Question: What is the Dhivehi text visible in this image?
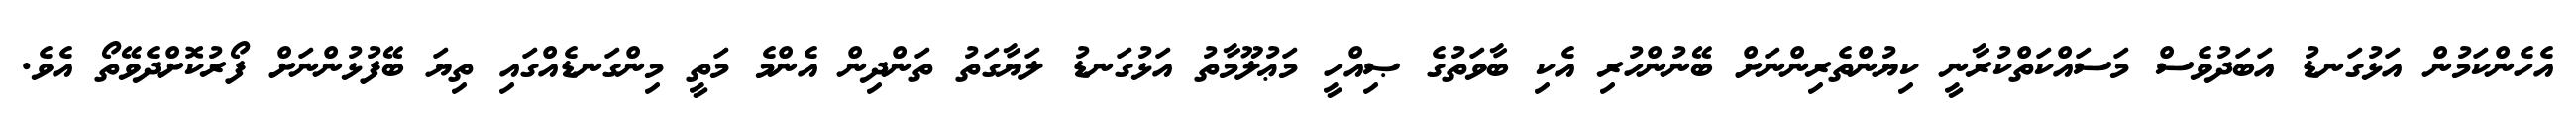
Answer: އެހެންކަމުން އަޅުގަނޑު އަބަދުވެސް މަސައްކަތްކުރާނީ ކިޔުންތެރިންނަށް ބޭނުންހުރި އެކި ބާވަތުގެ ޞިއްހީ މަޢުލޫމާތު އަޅުގަނޑު ލަޔާގަތު ތަންދިން އެންމެ މަތީ މިންގަނޑެއްގައި ތިޔަ ބޭފުޅުންނަށް ފޯރުކޮށްދެވޭތޯ އެވެ.